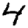
Digit: 4